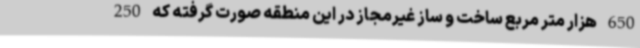
650 هزار متر مربع ساخت و ساز غیرمجاز در این منطقه صورت گرفته که 250